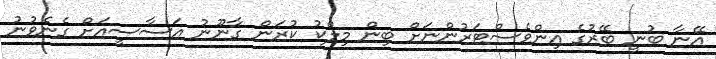
އޭނާ ބުނީ ބޭރުގެ އިންވެސްޓަރުންނަށް ބިން މިލްކު ކުރަން ގާނޫނު އަސާސީއަށް ގެނެވުނު